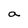
Character: a